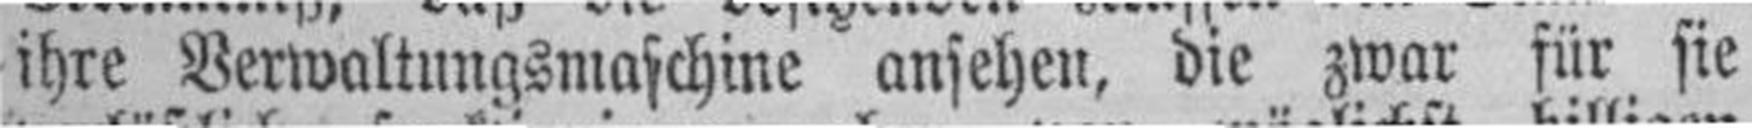
ihre Verwaltungsmaschine ansehen, die zwar für sie